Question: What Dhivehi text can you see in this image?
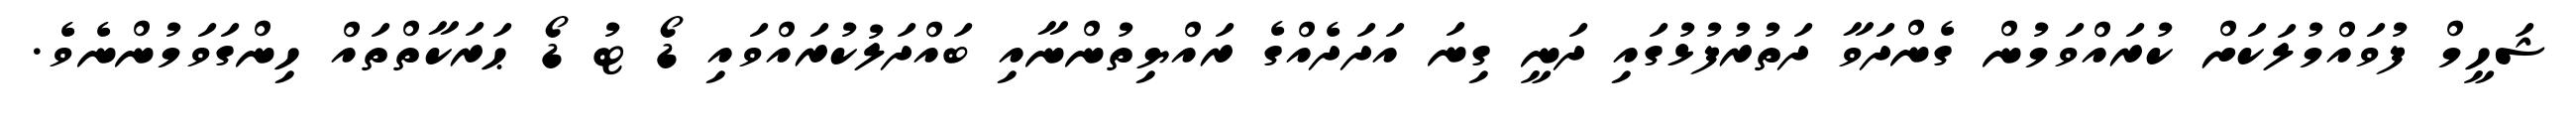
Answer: ޝަހީމް ފުވައްމުލަކަށް ކުރައްވަމުން ގެންދަވާ ދަތުރުފުޅުގައި ދަނީ ގިނަ އަދަދެއްގެ ރައްޔިތުންނާއި ބައްދަލުކުރައްވައި ޑޯ ޓު ޑޯ ޙަރަކާތްތައް ހިންގަވަމުންނެވެ.